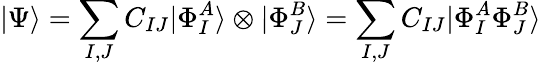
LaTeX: |\Psi\rangle=\sum_{I,J}C_{IJ}|\Phi_{I}^{A}\rangle\otimes|\Phi_{J}^{B}\rangle=\sum_{I,J}C_{IJ}|\Phi_{I}^{A}\Phi_{J}^{B}\rangle